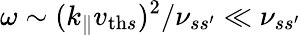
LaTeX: \omega\sim(k_{\parallel}v_{\mathrm{th}s})^{2}/\nu_{ss^{\prime}}\ll\nu_{ss^{\prime}}